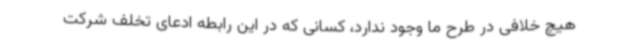
هیچ خلافی در طرح ما وجود ندارد، کسانی که در این رابطه ادعای تخلف شرکت